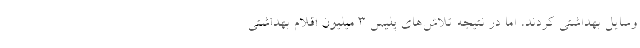
وسایل بهداشتی کردند، اما در نتیجه تلاش‌های پلیس 3 میلیون اقلام بهداشتی